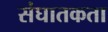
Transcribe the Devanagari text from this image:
संघातकता